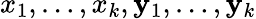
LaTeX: x_{1},\dots,x_{k},\mathbf{y}_{1},\dots,\mathbf{y}_{k}